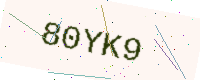
Text: 80YK9